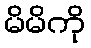
မိမိကို